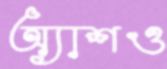
অ্যাশও